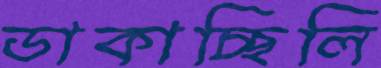
ডাকাচ্ছিলি